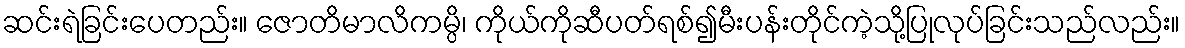
ဆင်းရဲခြင်းပေတည်း။ ဇောတိမာလိကမ္ပိ၊ ကိုယ်ကိုဆီပတ်ရစ်၍မီးပန်းတိုင်ကဲ့သို့ပြုလုပ်ခြင်းသည်လည်း။